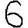
Digit: 6